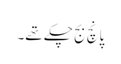
پانچ بج چکے تھے۔